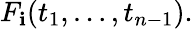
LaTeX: F_{\mathbf{i}}(t_{1},\ldots,t_{n-1}).